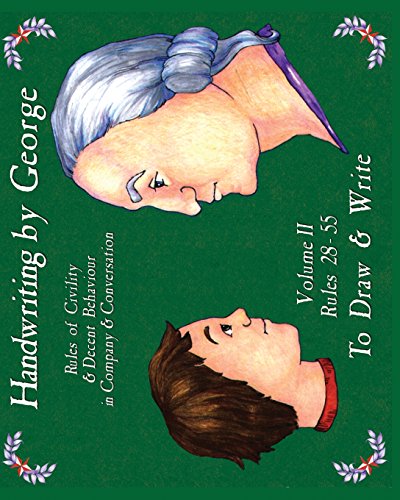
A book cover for Handwriting by George, Vol. 2; Cyndy Shearer; Reference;